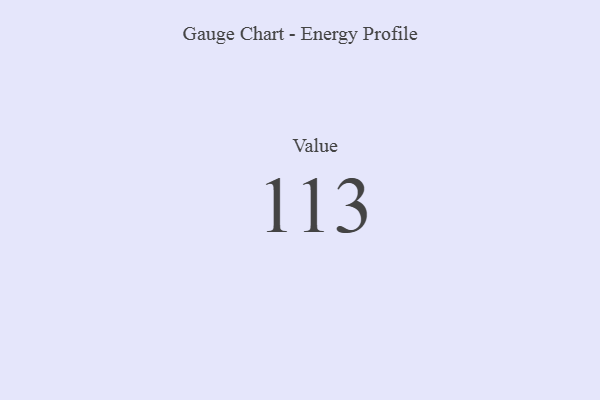
{"axis": {"x": "Metric", "y": "Value"}, "legend": [""], "data": [{"x": "Value", "y": 113, "type": ""}]}